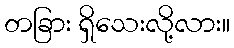
တခြား ရှိသေးလို့လား။